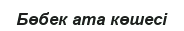
Бөбек ата көшесі